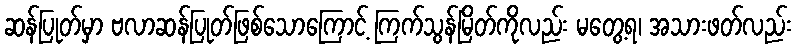
ဆန်ပြုတ်မှာ ဗလာဆန်ပြုတ်ဖြစ်သောကြောင့် ကြက်သွန်မြိတ်ကိုလည်း မတွေ့ရ၊ အသားဖတ်လည်း